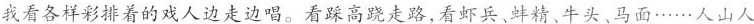
我看各样彩排着的戏人边走边唱。看踩高跷走路，看虾兵、蚌精、牛头、马面……人山人